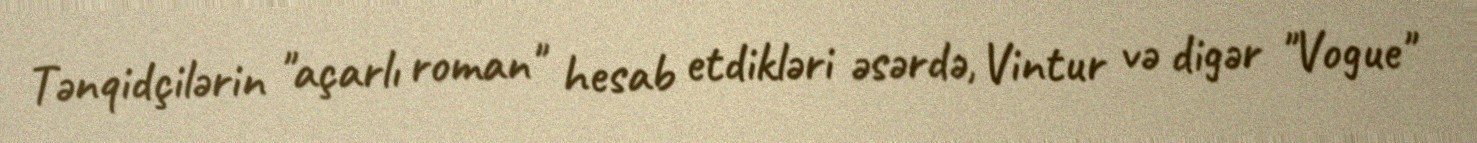
Tənqidçilərin "açarlı roman" hesab etdikləri əsərdə, Vintur və digər "Vogue"